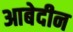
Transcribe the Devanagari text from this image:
आबेदीन